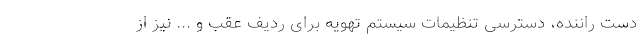
دست راننده، دسترسی تنظیمات سیستم تهویه برای ردیف عقب و ... نیز از